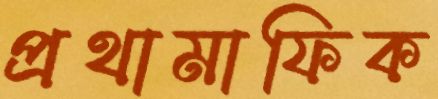
প্রথামাফিক